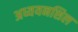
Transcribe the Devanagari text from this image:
अध्ययनशिल